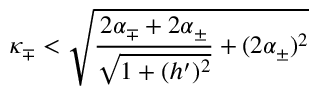
\kappa _ { \mp } < \sqrt { \frac { 2 \alpha _ { \mp } + 2 \alpha _ { \pm } } { \sqrt { 1 + ( h ^ { \prime } ) ^ { 2 } } } + ( 2 \alpha _ { \pm } ) ^ { 2 } }